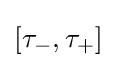
[\tau _{-},\tau _{+}]